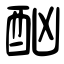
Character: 酗